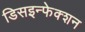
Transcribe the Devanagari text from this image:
डिसइन्फेक्शन